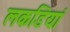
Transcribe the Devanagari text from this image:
लकडियां